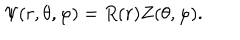
\Psi ( r , \theta , \varphi ) = R ( r ) Z ( \theta , \varphi ) .